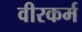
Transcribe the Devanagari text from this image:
वीरकर्म